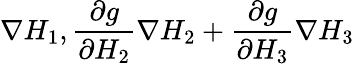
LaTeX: \nabla H_{1},\frac{\partial g}{\partial H_{2}}\nabla H_{2}+\frac{\partial g}{\partial H_{3}}\nabla H_{3}